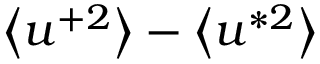
\left< u ^ { + 2 } \right> - \left< u ^ { * 2 } \right>